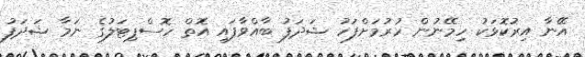
އޭނާ އިރުކޮޅަކު ހިމޭނުން ހުރުމަށްފަހު ޝަދަފު ބާއްވާފައި އޮތް ހޮސްޕިޓަލުގެ ނަމާ ޝަދަފު